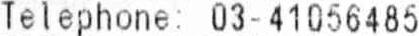
TELEPHONE: 03-41056485